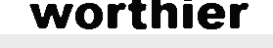
worthier